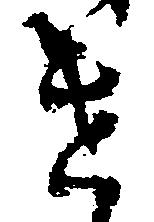
け